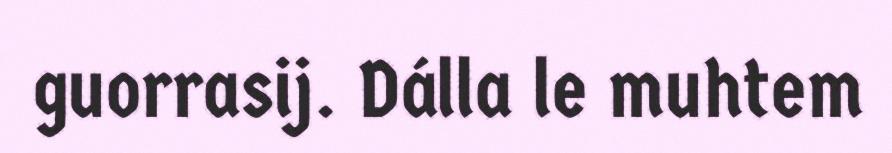
guorrasij. Dálla le muhtem